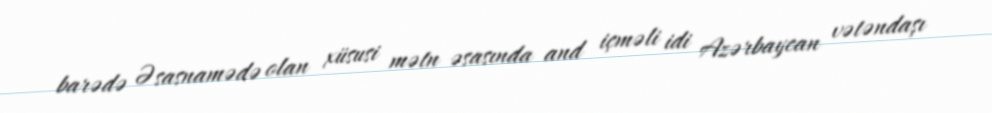
barədə Əsasnamədə olan xüsusi mətn əsasında and içməli idi Azərbaycan vətəndaşı